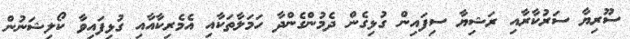
ސޫރިޔާ ސަރުކާރާއި ރަޝިޔާ ސިފައިން ގުޅިގެން ދެމުންގެންދާ ހަމަލާތަކާއި އެމެރިކާއާއި ގުޅިފައިވާ ކޯލިޝަނުން